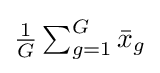
{\textstyle {\frac {1}{G}}\sum _{g=1}^{G}{\bar {x}}_{g}}